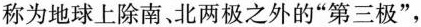
称为地球上除南、北两极之外的”第三极”，